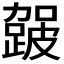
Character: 𮜈